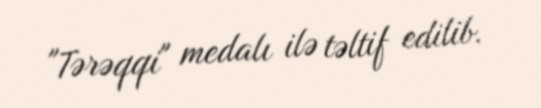
"Tərəqqi" medalı ilə təltif edilib.